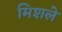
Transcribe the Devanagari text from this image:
मिशले